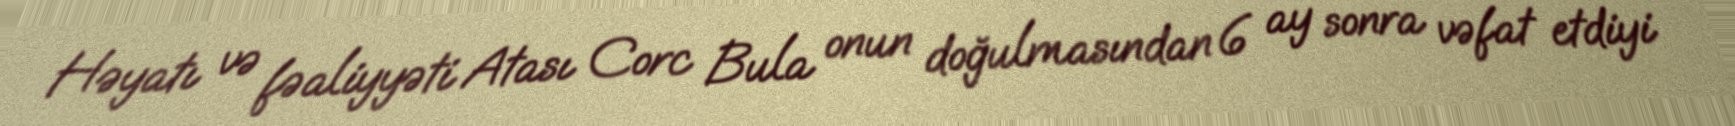
Həyatı və fəaliyyəti Atası Corc Bula onun doğulmasından 6 ay sonra vəfat etdiyi